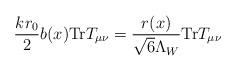
LaTeX: \begin{align*}\frac{k r_0}{2} b(x) \hbox{Tr} T_{\mu \nu}= \frac{r(x)}{\sqrt{6} \Lambda_W} \hbox{Tr} T_{\mu \nu}\end{align*}